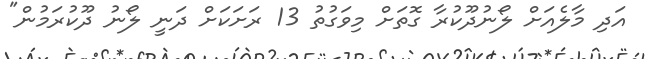
އަދި މާލެއަށް ލޯނުދޫކުރާ ގޮތަށް މިވަގުތު 13 ރަށަކަށް ދަނީ ލޯނު ދޫކުރަމުން"